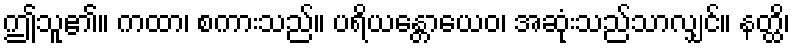
ဤသူ၏။ ကထာ၊ စကားသည်။ ပရိယန္တောယေဝ၊ အဆုံးသည်သာလျှင်။ နတ္ထိ၊